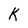
Character: K